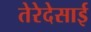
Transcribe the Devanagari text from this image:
तेरेदेसाई